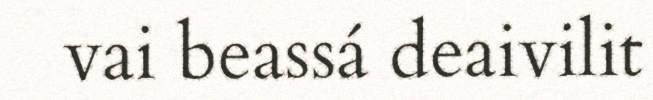
vai beassá deaivilit